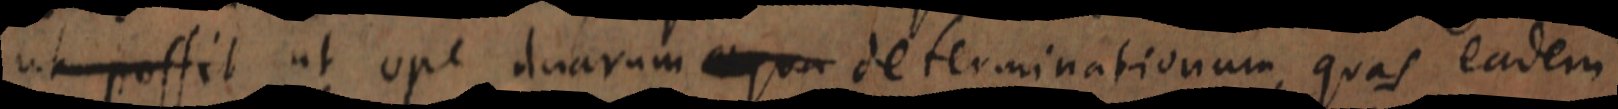
ut possit ut ope duarum aqua determinationum, quas eadem